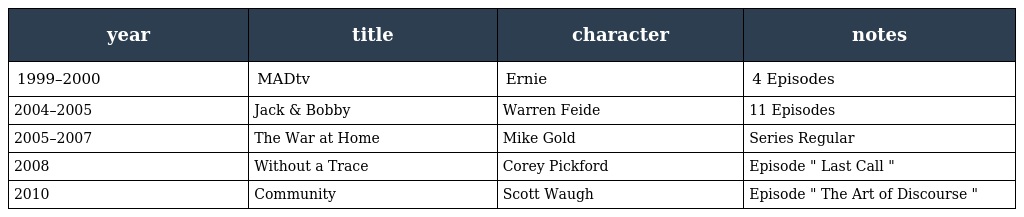
| year | title | character | notes |
 | --- | --- | --- | --- |
 | 1999–2000 | MADtv | Ernie | 4 Episodes |
 | 2004–2005 | Jack & Bobby | Warren Feide | 11 Episodes |
 | 2005–2007 | The War at Home | Mike Gold | Series Regular |
 | 2008 | Without a Trace | Corey Pickford | Episode " Last Call " |
 | 2010 | Community | Scott Waugh | Episode " The Art of Discourse " |